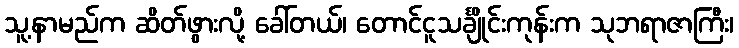
သူ့နာမည်က ဆိတ်ဖွားလို့ ခေါ်တယ်၊ တောင်ငူသင်္ချိုင်းကုန်းက သုဘရာဇာကြီး၊